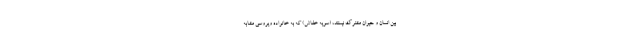
بین انسان و حیوان مشترک نیستند، (سویه خفاش) که به خانواده ویروسی مشابه